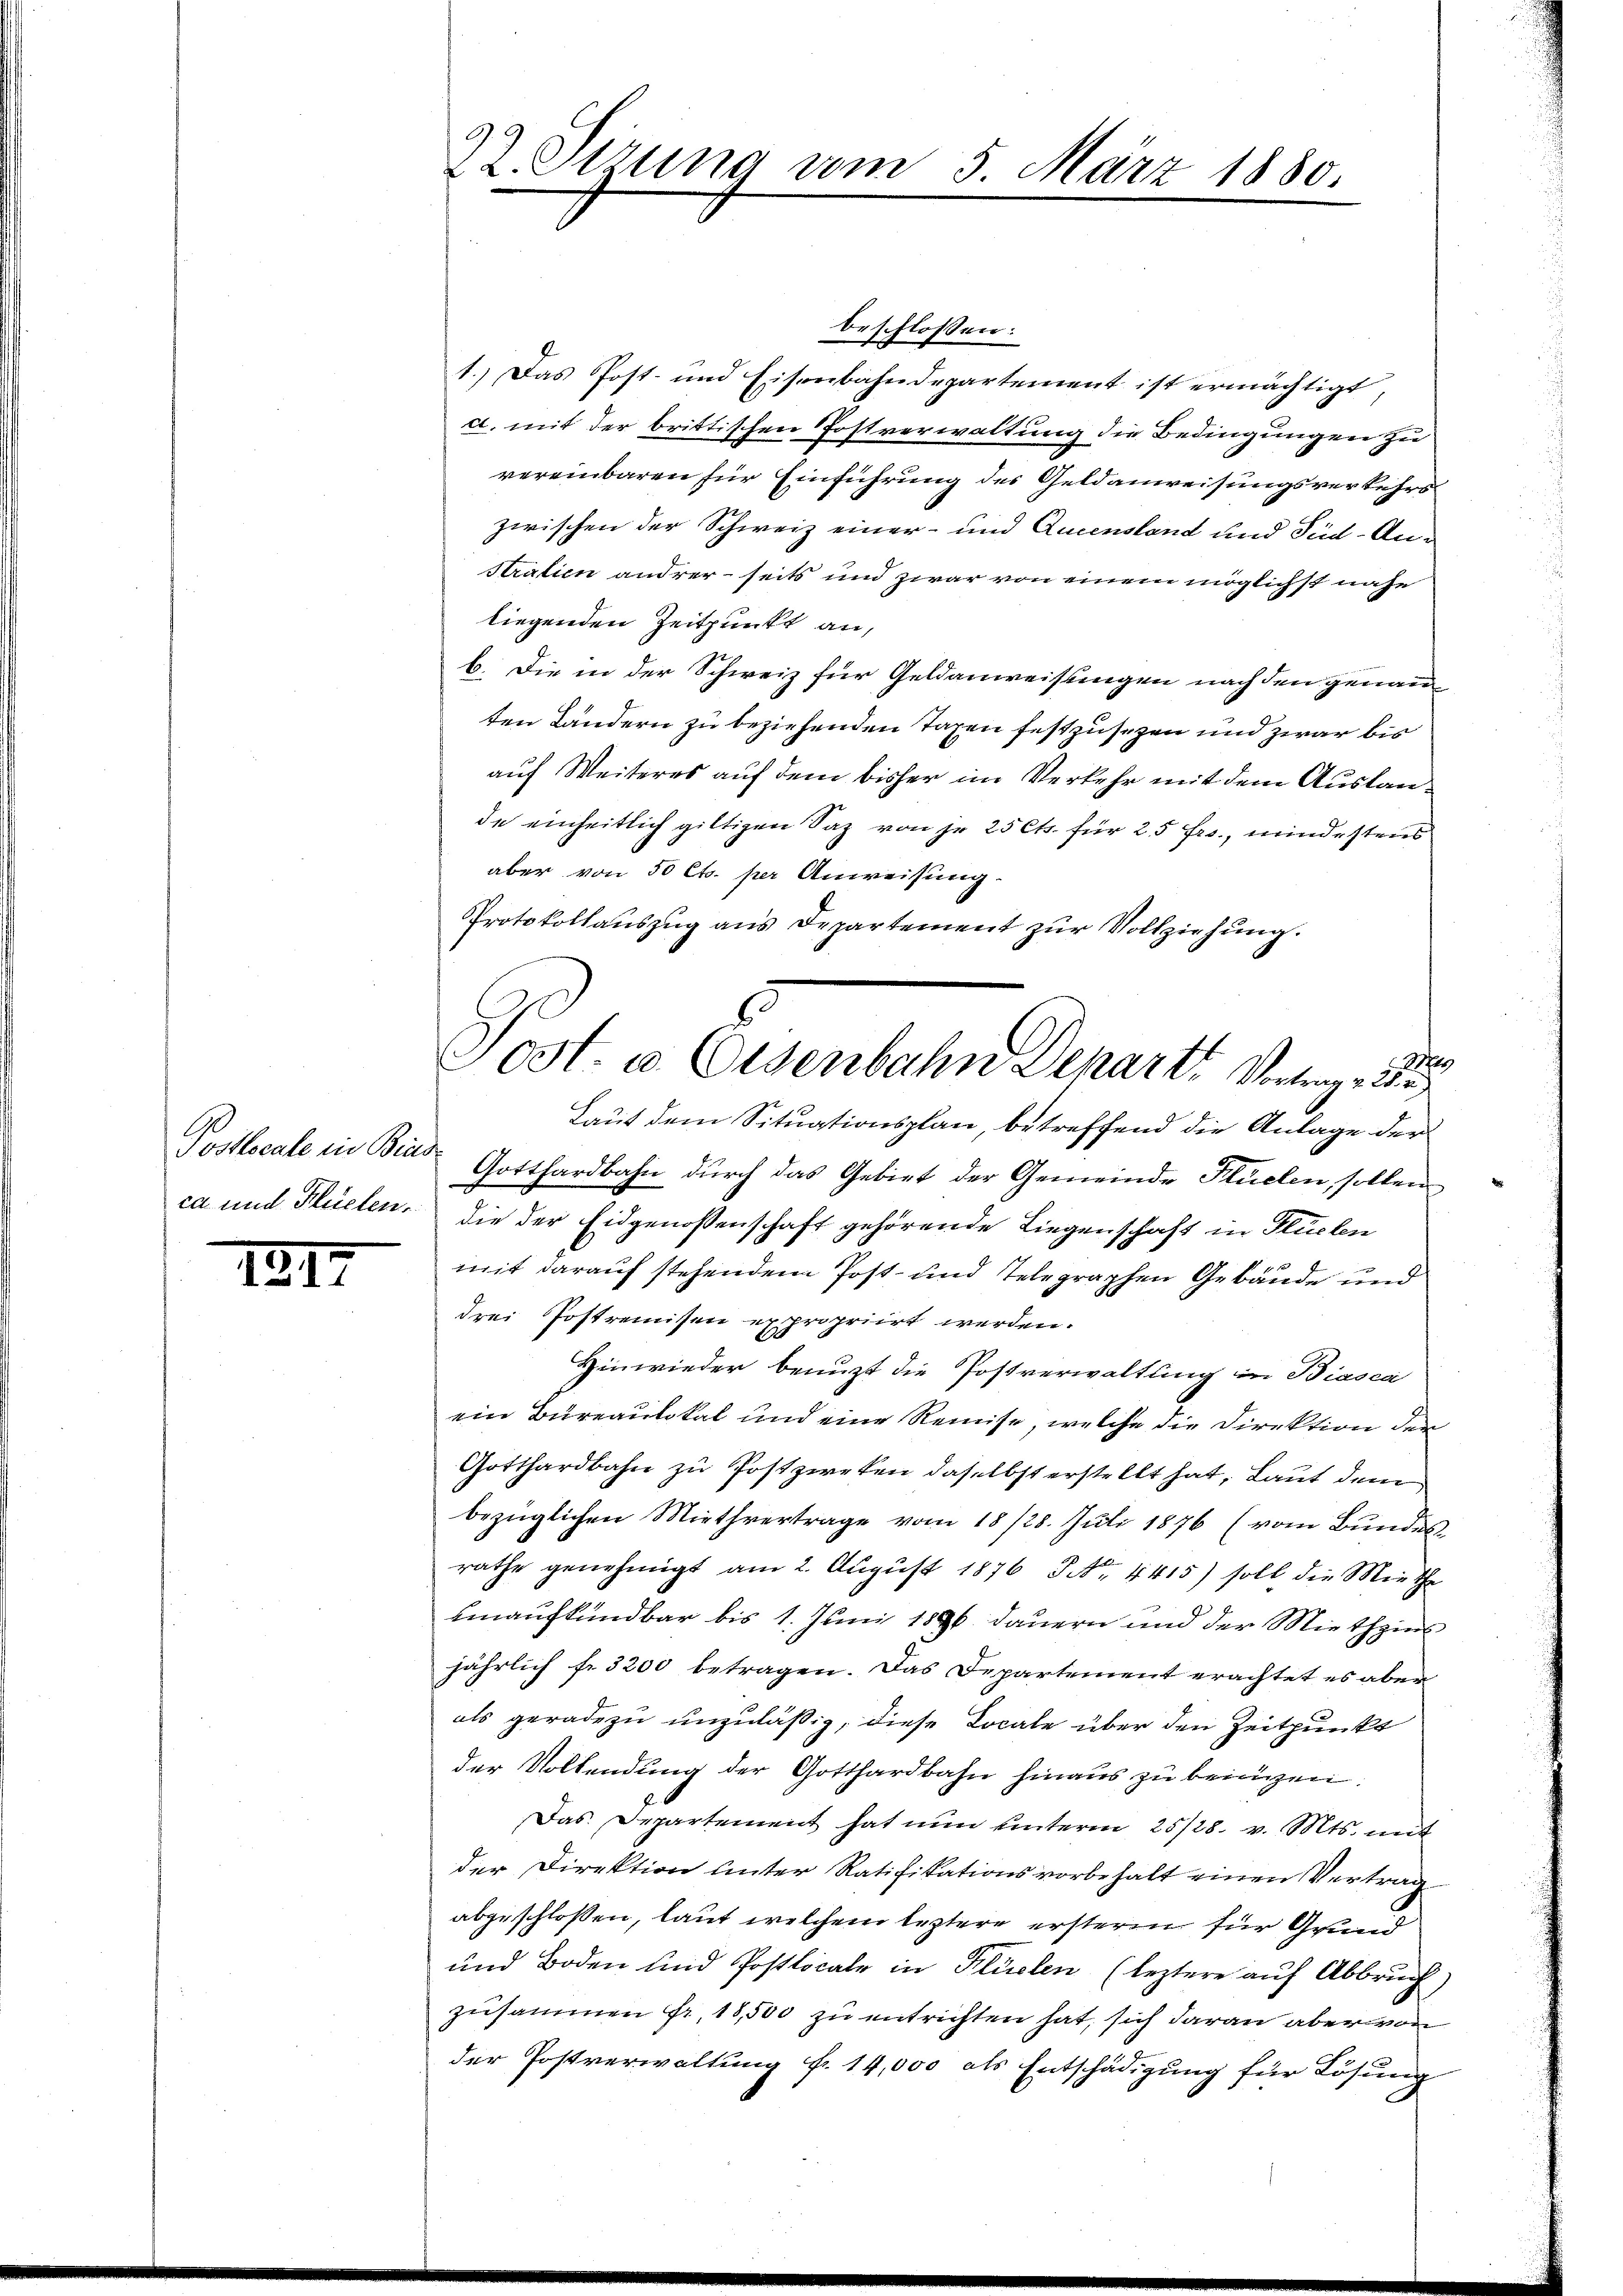
Postlocale ein Bind
ca und Flüelen

1817

beschlossen:
1.) Das Post- und Eisenbahndepartement ist ermächtigt,
d. mit der brittischen Postverwaltung die Bedingungen zu
vereinbaren für Einführung des Geldanweisungsverkehrs
zwischen der Schweiz einer- und Aucensland und Tied-An¬
Stration andrerseits und zwar von einen möglichst nahe
liegenden Zeitpunkt an,
b. Die in der Schweiz für Geldanweisungen nach den genau
ten Ländern zu beziehenden Taxen festzusezen und zwar bis
auf Weiteres auf dem bisher im Verkehr mit dem Auslande einheitlich giltigen Saz von je 25 Cts. für 25 frs., mindestens
aber von 50 Cts. per Anweisung.
Protokollauszug aus Departement zur Vollziehung.

22. Stzung vom 5. März 1880.

s
Sost. u. Eisenbahn Departe Vorlege Be

Laut dem Situationsplan, betreffend die Anlage der
Gotthardbahn durch das Gebiet der Gemeinde Flüelen, sollen
die der Eidgenossenschaft gehörende Liegenschaft in Flüelen
mit darauf stehendem Post- und telegraphen Gebäude und
drei Postremisen expropriirt werden.
Hinwieder benuzt die Postverwaltung in Biasca
ein Bureaulokal und eine Reise, welche die Direktion der
Gotthardbahn zu Postzweken daselbst erstellt hat, Laut dem
bezüglichen Miethvertrage vom 18/28. Juli 1876 (vom Bundes-
rathe genehmigt am 2. August 1876 S. Nr. 4415) soll die Miethe
hinaufkündbar bis 1. Juni 1896 dauern und der Miethzins
jährlich fr. 3200 betragen. Das Departement erachtet es aber
als geradezu unzuläßig, diese Locale über den Zeitpunkt
der Vollendung der Gotthardbahn hinaus zu bringen.
Das Departement hat nun unterm 25/28. v. Mts. mit
der Direktion unter Ratifikationsvorbehalt einen Vertrag
abgeschlossen, laut welchem leztere ersteren für Grund
und Boden und Postlocale in Klüelen (leztere auf Abbruch)
zusammen fr. 18,500 zu entrichten hat, sich daran aber von
der Postverwaltung fr. 14,000 als Entschädigung für Lösung